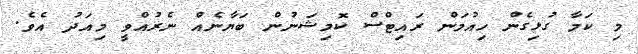
މި ކަމާ ގުޅިގެން ހިއުމަން ރައިޓްސް ކޮމިޝަނުން ބަޔާނެއް ނެރުއްވީ މިއަދު އެވެ.